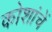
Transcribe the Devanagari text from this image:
कोशांचें